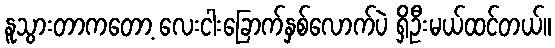
နူသွားတာကတော့ လေးငါးခြောက်နှစ်လောက်ပဲ ရှိဦးမယ်ထင်တယ်။